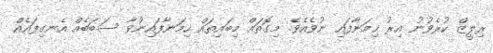
ރިލީޒް ކުރެވުނު އިރު ހިމަނާފައި ނުވެއެވެ. މިގޮތައް މިބައިތައް ހިމަނާފައިނުވާ ސަބަބެއް އެނގިފައެއް